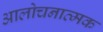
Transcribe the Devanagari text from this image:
आलोचनात्‍मक